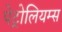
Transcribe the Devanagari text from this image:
पेट्रोलियम्स